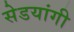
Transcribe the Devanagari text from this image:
सेडयांगी